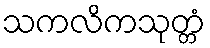
သကလိကသုတ္တံ